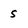
Character: 5